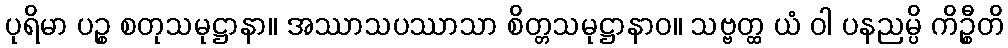
ပုရိမာ ပဉ္စ စတုသမုဋ္ဌာနာ။ အဿာသပဿာသာ စိတ္တသမုဋ္ဌာနာဝ။ သဗ္ဗတ္ထ ယံ ဝါ ပနညမ္ပိ ကိဉ္စီတိ